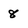
Character: 8